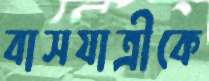
বাসযাত্রীকে